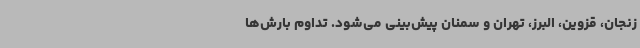
زنجان، قزوین، البرز، تهران و سمنان پیش‌بینی می‌شود. تداوم بارش‌ها